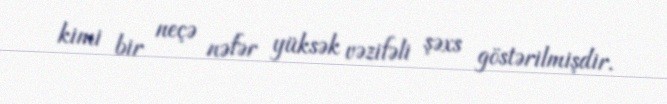
kimi bir neçə nəfər yüksək vəzifəli şəxs göstərilmişdir.